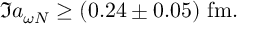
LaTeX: \Im a _ { \omega N } \ge ( 0 . 2 4 \pm 0 . 0 5 ) \ \mathrm { f m } .